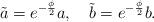
LaTeX: \begin{align*}\tilde{a} = e^{ - \frac{\phi}{2}} a, ~~~ \tilde{b} = e^{ -\frac{\phi}{2}} b.\end{align*}